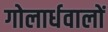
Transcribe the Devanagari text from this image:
गोलार्धवालों